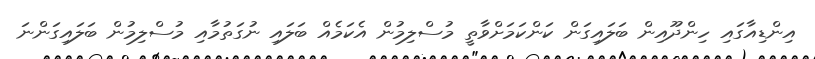
އިންޑިއާގައި ހިންދޫއިން ބަލައިގަން ކަންކަމަށްވާތީ މުސްލިމުން އެކަމެއް ބަލައި ނުގަތުމާއި މުސްލިމުން ބަލައިގަންނަ